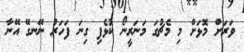
ވަރަށް މޮޅަށް މި މެޗުގަ މަނަރީނޯ ކުޅެފި ގިނަ ފަހަރު ނޭނގޭ އޭނާ